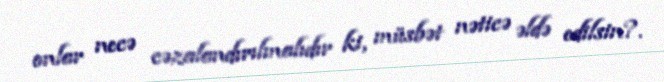
onlar necə cəzalandırılmalıdır ki, müsbət nəticə əldə edilsin?.